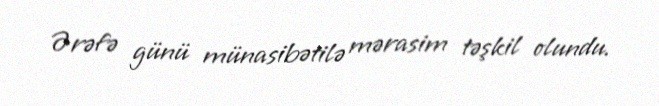
Ərəfə günü münasibətilə mərasim təşkil olundu.